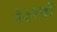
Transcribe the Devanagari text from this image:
३३१वाँ